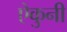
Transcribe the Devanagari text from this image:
ऐकुनी